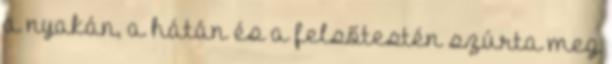
a nyakán, a hátán és a felsőtestén szúrta meg